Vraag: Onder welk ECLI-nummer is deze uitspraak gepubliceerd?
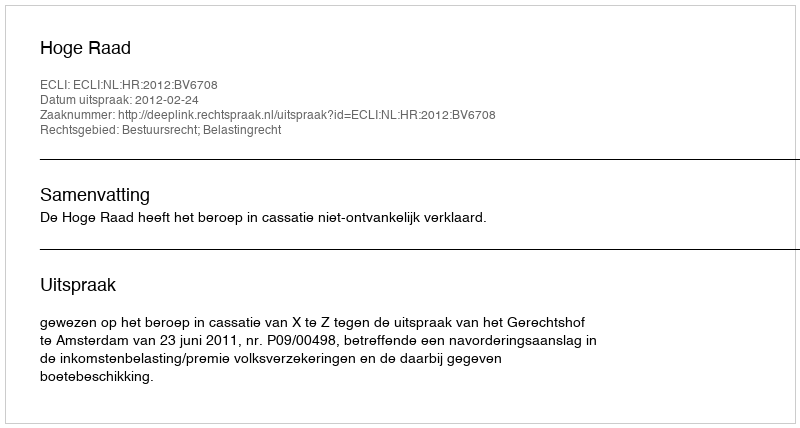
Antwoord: ECLI:NL:HR:2012:BV6708